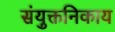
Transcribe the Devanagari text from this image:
संयुक्तनिकाय